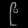
Digit: ၉